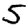
Digit: 5